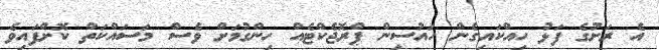
އެ ރަށުގެ ފަޅު ހިއްކައިގެން ހައުސިން ޕްރޮޖެކްޓެއް ހިންގުމަށް ވެސް މަސައްކަތް ކޮށްފައިވެ